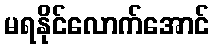
မရနိုင်လောက်အောင်